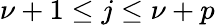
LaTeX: \nu+1\leq j\leq\nu+p